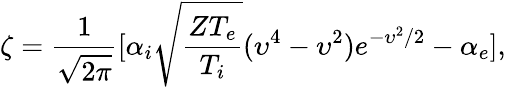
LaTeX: \zeta=\frac{1}{\sqrt{2\pi}}[\alpha_{i}\sqrt{\frac{ZT_{e}}{T_{i}}}(\upsilon^{4}-\upsilon^{2})e^{-\upsilon^{2}/2}-\alpha_{e}],